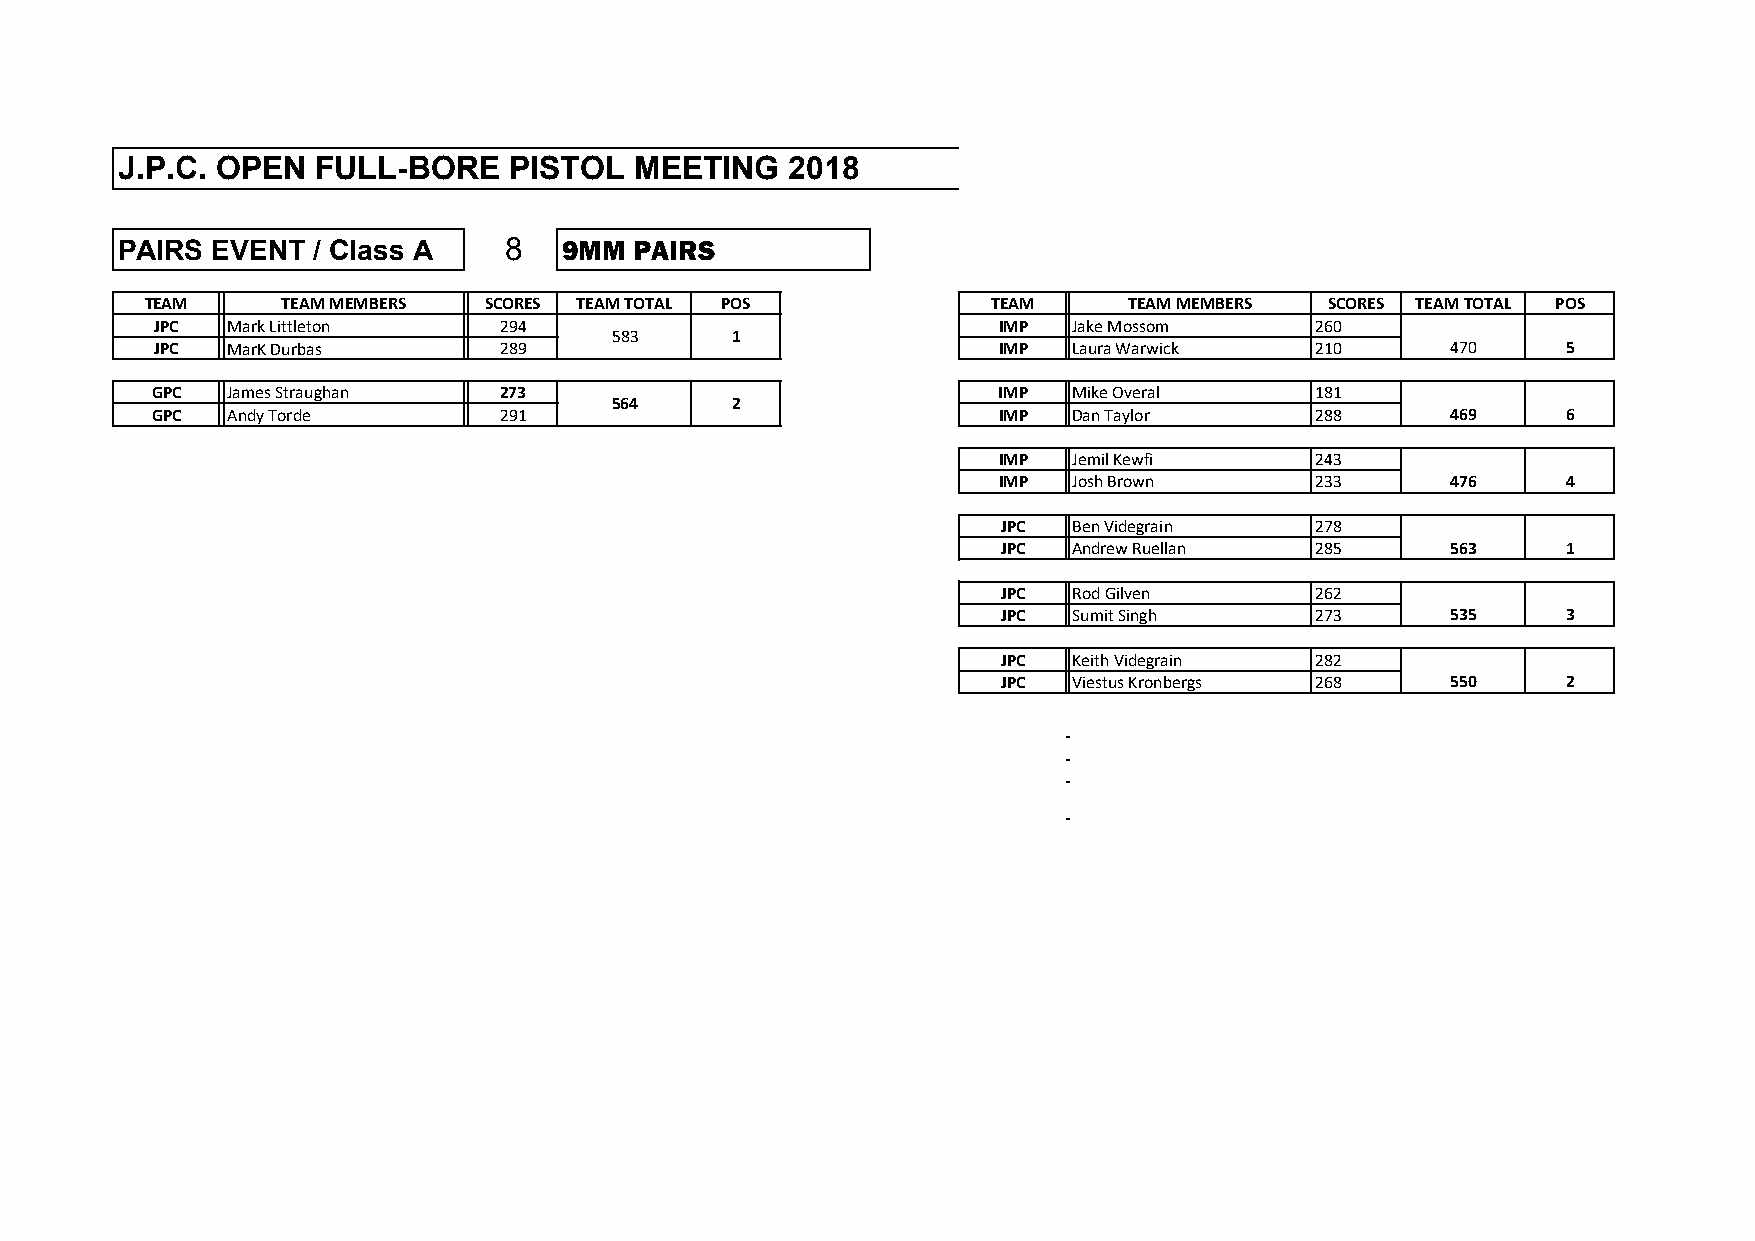
J.P.C. OPEN  FULL-BORE    PISTOL  MEETING   2018
 PAIRS EVENT  / Class A   8   9MM  PAIRS
 TEAM     TEAM MEMBERS SCORES TEAM TOTAL POS             TEAM     TEAM MEMBERS SCORES TEAM TOTAL POS
 JPC  Mark Littleton    294                              IMP  Jake Mossom     260
 583     1
 JPC  MarK Durbas       289                              IMP  Laura Warwick   210      470     5
 GPC  James Straughan   273                              IMP  Mike Overal     181
 564     2
 GPC  Andy Torde        291                              IMP  Dan Taylor      288      469     6
 IMP  Jemil Kewfi     243
 IMP  Josh Brown      233      476     4
 JPC  Ben Videgrain   278
 JPC  Andrew Ruellan  285      563     1
 JPC  Rod Gilven      262
 JPC  Sumit Singh     273      535     3
 JPC  Keith Videgrain 282
 JPC  Viestus Kronbergs 268    550     2